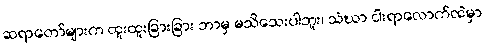
ဆရာတော်များက ထူးထူးခြားခြား ဘာမှ မသိသေးပါဘူး၊ သံဃာ ငါးရာလောက်ထဲမှာ